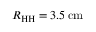
R _ { \mathrm { H H } } = 3 . 5 \, \mathrm { { c m } }